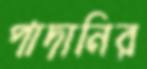
পাদানির